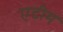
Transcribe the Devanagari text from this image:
एटीम